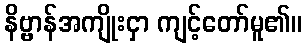
နိဗ္ဗာန်အကျိုးငှာ ကျင့်တော်မူ၏။